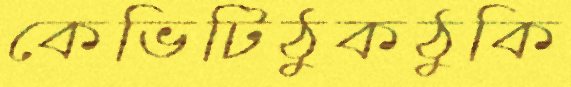
কেভিটিঠুকঠুকি